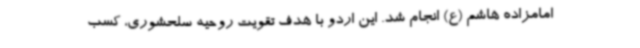
امامزاده هاشم (ع) انجام شد. این اردو با هدف تقویت روحیه سلحشوری، کسب